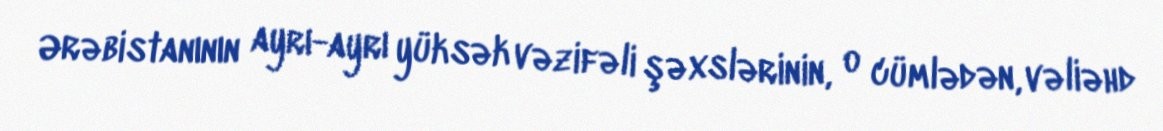
Ərəbistanının ayrı-ayrı yüksək vəzifəli şəxslərinin, o cümlədən, vəliəhd